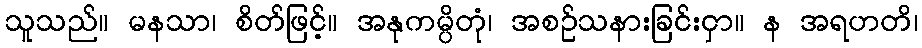
သူသည်။ မနသာ၊ စိတ်ဖြင့်။ အနုကမ္ပိတုံ၊ အစဉ်သနားခြင်းငှာ။ န အရဟတိ၊